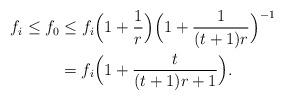
LaTeX: \begin{align*} f_i\leq f_0 &\leq f_i\Big(1+\frac{1}{r}\Big)\Big(1+\frac{1}{(t+1)r}\Big)^{-1} \\ &=f_i\Big(1+\frac{t}{(t+1)r+1}\Big).\end{align*}